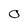
Character: 0